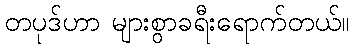
တပုဒ်ဟာ များစွာခရီးရောက်တယ်။